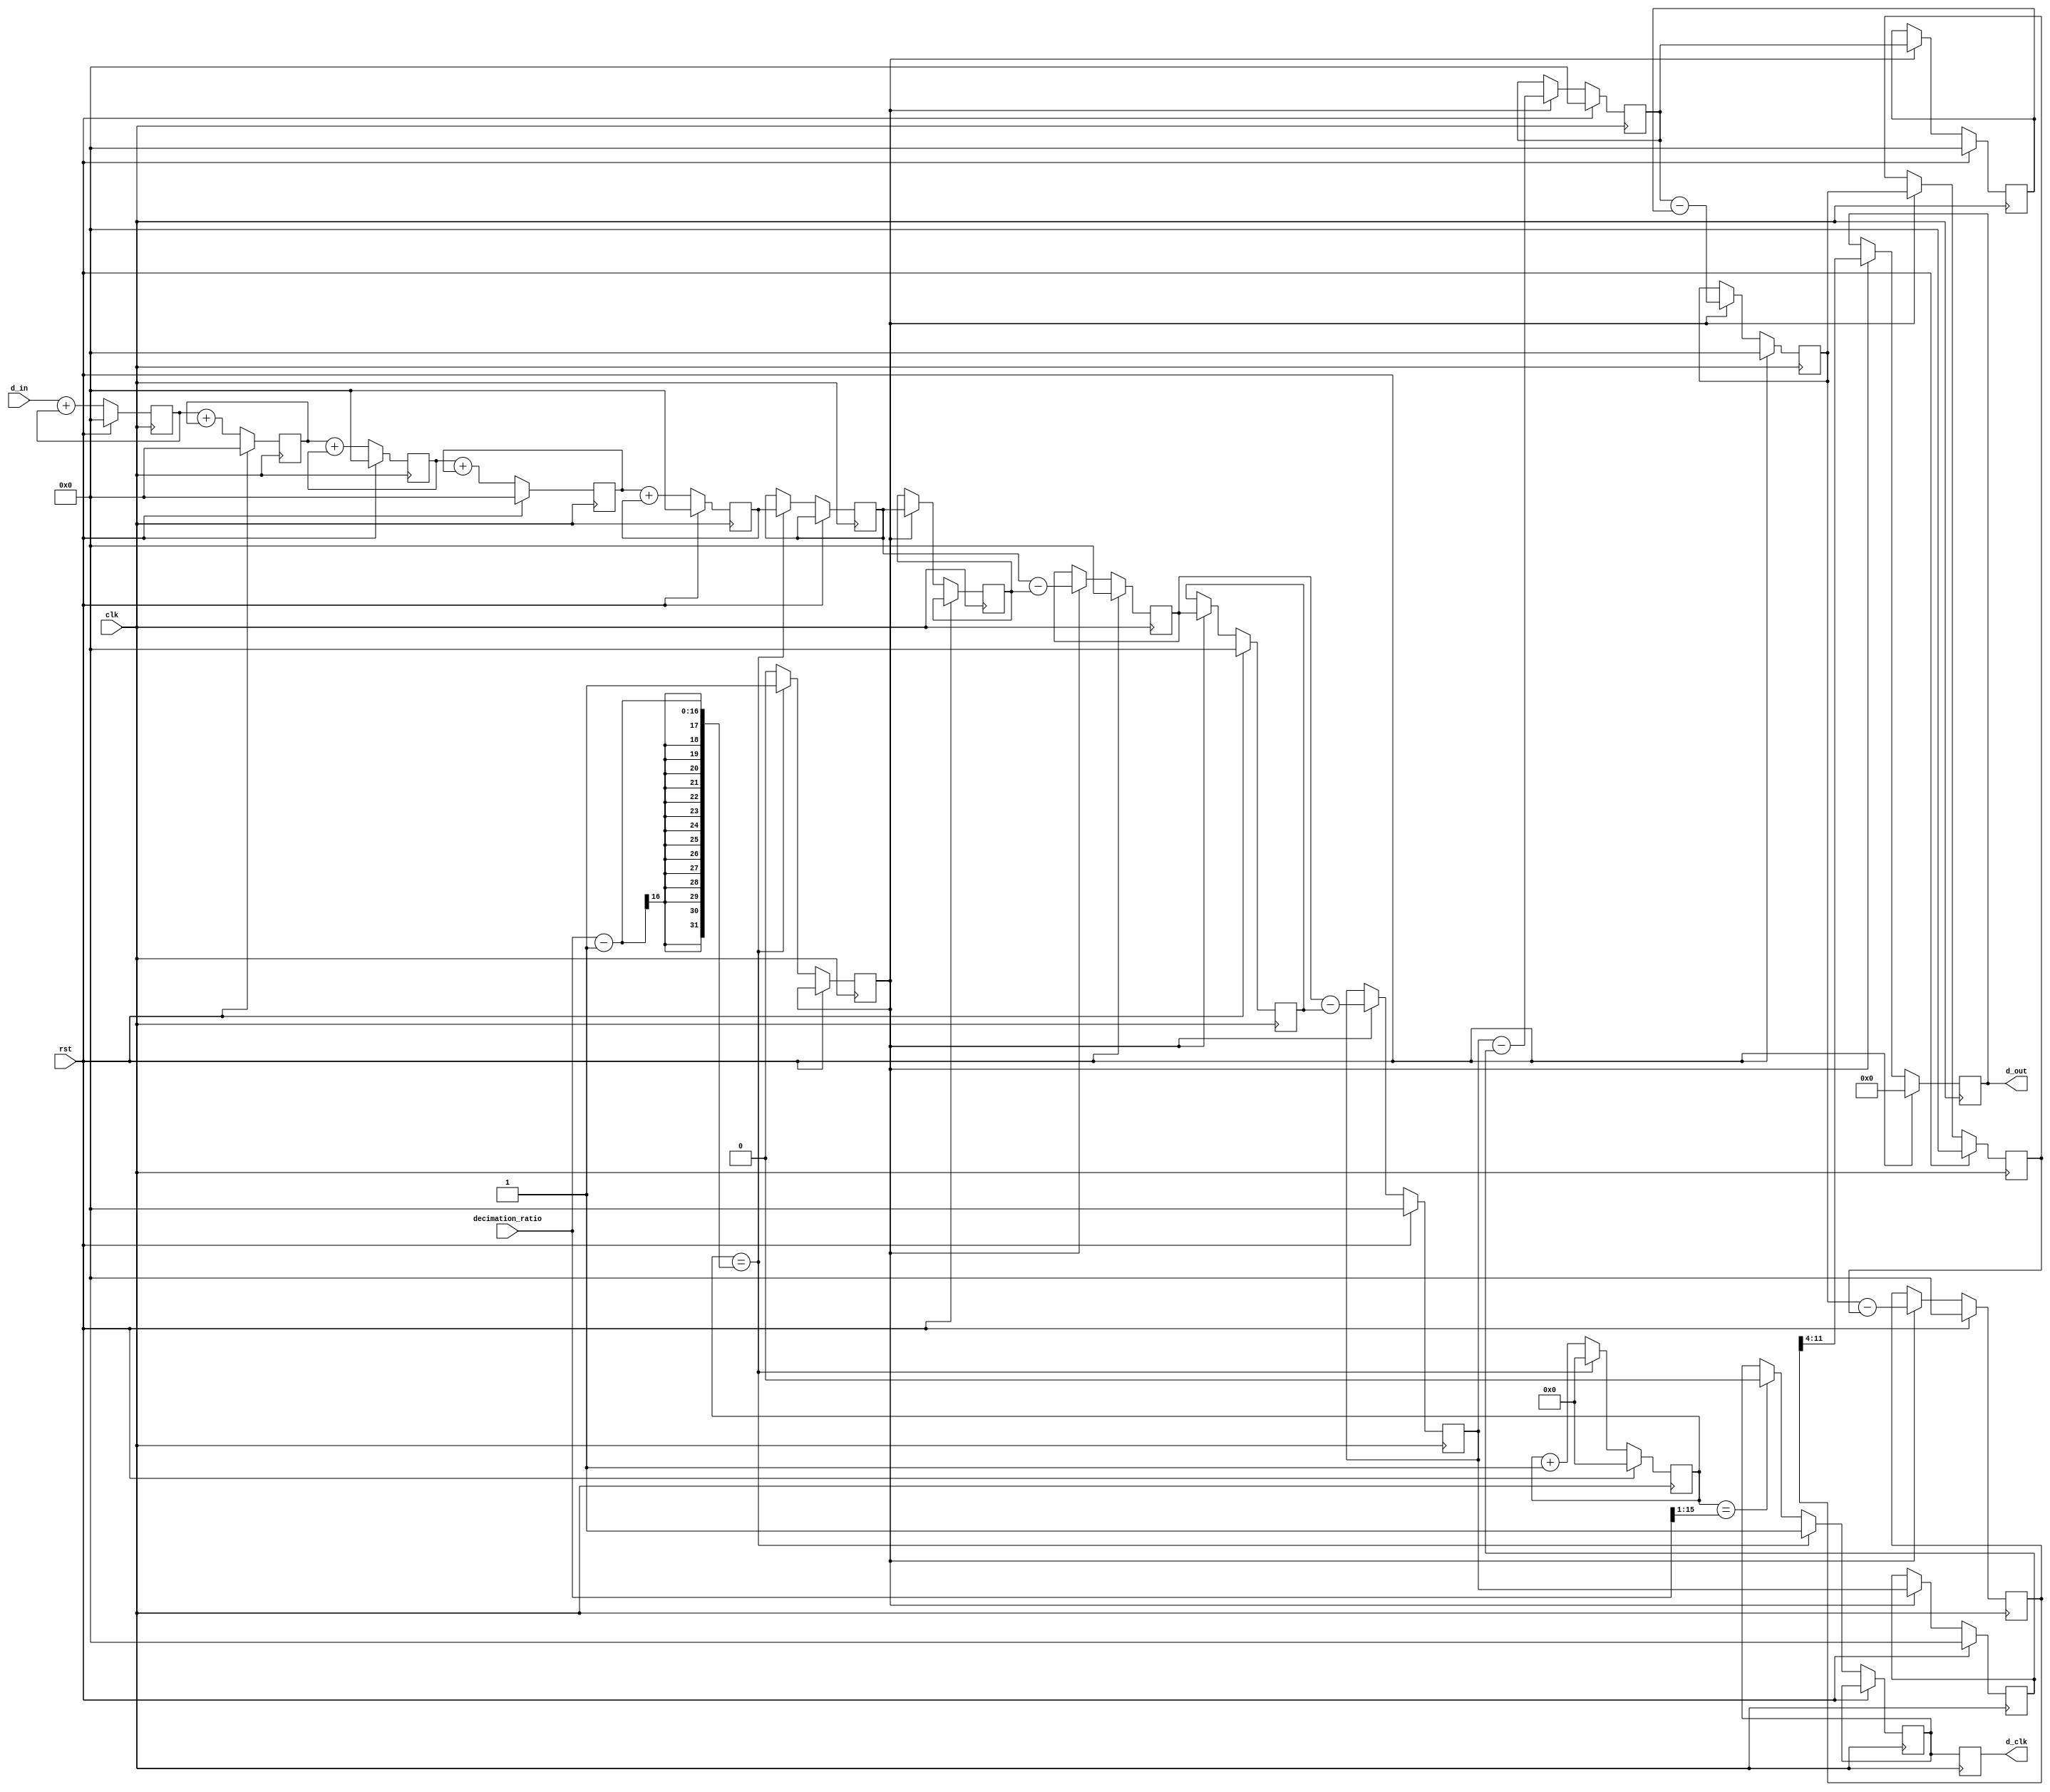
`timescale 1ns/1ns


module CIC #(parameter width = 12)
			(input wire               clk,
			input wire               rst,
			input wire        [15:0] decimation_ratio,
			input wire signed [7:0]  d_in,
			output reg signed [7:0]  d_out,
			output reg 				 d_clk);

reg signed [width-1:0] d_tmp, d_d_tmp;


// Integrator stage registers

reg signed [width-1:0] d1;
reg signed [width-1:0] d2;
reg signed [width-1:0] d3;
reg signed [width-1:0] d4;
reg signed [width-1:0] d5;

// Comb stage registers

reg signed [width-1:0] d6, d_d6;
reg signed [width-1:0] d7, d_d7;
reg signed [width-1:0] d8, d_d8;
reg signed [width-1:0] d9, d_d9;
reg signed [width-1:0] d10;

reg [15:0] count;

reg v_comb;  // Valid signal for comb section running at output rate

reg d_clk_tmp;


	always @(posedge clk)
	begin
		if (rst)
		begin
			d1 <= 0;
			d2 <= 0;
			d3 <= 0;
			d4 <= 0;
			d5 <= 0;
			count <= 0;
		end else
		begin
			// Integrator section
			d1 <= d_in + d1;

			d2 <= d1 + d2;

			d3 <= d2 + d3;

			d4 <= d3 + d4;

			d5 <= d4 + d5;

			// Decimation

			if (count == decimation_ratio - 1)
			begin
				count <= 16'b0;
				d_tmp <= d5;
				d_clk_tmp <= 1'b1;
				v_comb <= 1'b1;
			end else if (count == decimation_ratio >> 1)
			begin
				d_clk_tmp <= 1'b0;
				count <= count + 16'd1;
				v_comb <= 1'b0;
			end else
			begin
				count <= count + 16'd1;
				v_comb <= 1'b0;
			end
		end
	end

	always @(posedge clk)  // Comb section running at output rate
	begin
		d_clk <= d_clk_tmp;
		if (rst)
		begin
			d6 <= 0;
			d7 <= 0;
			d8 <= 0;
			d9 <= 0;
			d10 <= 0;
			d_d6 <= 0;
			d_d7 <= 0;
			d_d8 <= 0;
			d_d9 <= 0;
			d_out <= 8'b0;
		end else
		begin
			if (v_comb)
			begin
				// Comb section
				d_d_tmp <= d_tmp;

				d6 <= d_tmp - d_d_tmp;
				d_d6 <= d6;

				d7 <= d6 - d_d6;
				d_d7 <= d7;

				d8 <= d7 - d_d7;
				d_d8 <= d8;

				d9 <= d8 - d_d8;
				d_d9 <= d9;

				d10 <= d9 - d_d9;

				d_out <= d10 >>> (width - 8);
			end
		end
	end
endmodule